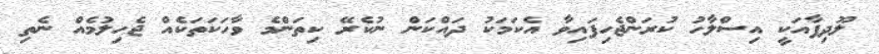
ލޫދިފާއަކީ އިސްލާހު ކުރަންޖެހިފައިވާ އެކަމަކު ދައްކަން ނުކެރޭ ކިތަންމެ ވާހަކަތަކެއް ޖެހިލުމެއް ނެތި